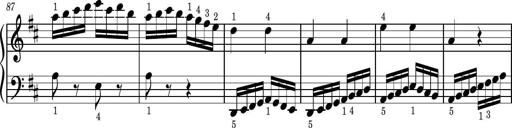
Title: Easy Progressive Lessons and 4 Sonatinas
Composer: Thomas Attwood